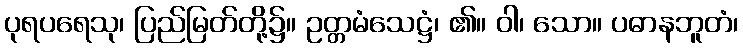
ပုရပရေသု၊ ပြည်မြတ်တို့၌။ ဥတ္တမံသေဋ္ဌံ၊ ၏။ ဝါ၊ သော။ ပဓာနဘူတံ၊